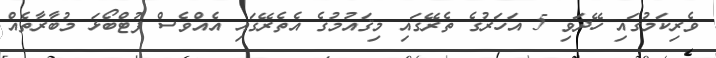
ވެރިކަމުގައި ހޭދަވި 5 އަހަރުގެ ތެރޭގައި މިޤައުމުގެ އެތެރޭގައި އެއްވެސް ފުޓްބޯޅަ މުބާރާތެއް